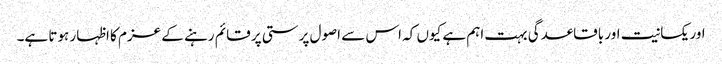
اور یکسانیت اور باقاعدگی بہت اہم ہے کیوں کہ اس سے اصول پرستی پر قائم رہنے کے عزم کا اظہار ہوتا ہے۔